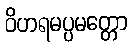
ဝိဟရမပ္ပမတ္တော